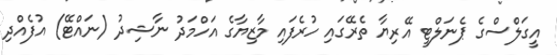
އީގަލްސްގެ ޕެނަލްޓީ އޭރިޔާ ތެރޭގައި ހުރެފައި މާޒިޔާގެ އަހްމަދު ނާޝިދު (ނައްޓޭ) އުފެއްދި